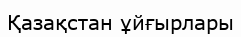
Қазақстан ұйғырлары